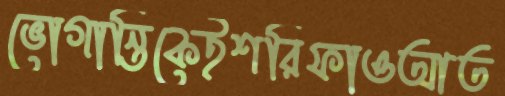
ভোগান্তিকেইশরিফাওআত